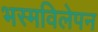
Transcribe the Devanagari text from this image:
भस्मविलेपन